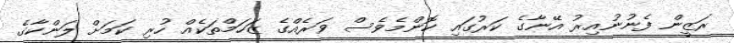
ރަޒީން ފެނުނުއިރު އޭނާގެ ކަރުގައި ކޮންމެވެސް ވަރެއްގެ ޒަހަމްތަކެއް ހުރި ކަމަށް ލަންކާގެ